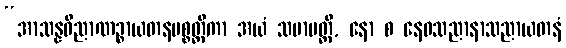
“အာသန္နဝိညာဏဉ္စာယတနပစ္စတ္ထိကာ အယံ သမာပတ္တိ, နော စ နေဝသညာနာသညာယတနံ